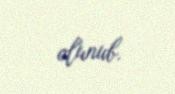
olunub.